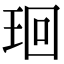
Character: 㻁